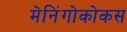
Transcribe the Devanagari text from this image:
मेनिंगोकोकस